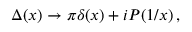
\Delta ( x ) \to \pi \delta ( x ) + i { \cal P } ( 1 / x ) \, ,